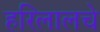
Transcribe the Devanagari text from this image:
हरिलालचे